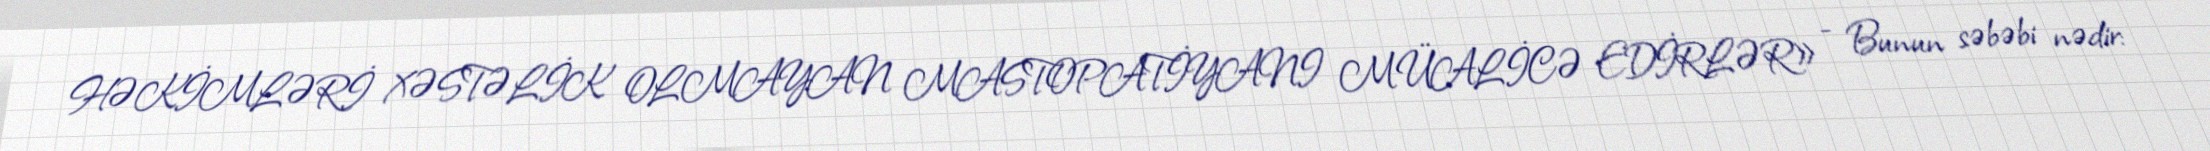
HƏKİMLƏRİ XƏSTƏLİK OLMAYAN MASTOPATİYANI MÜALİCƏ EDİRLƏR» - Bunun səbəbi nədir: